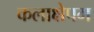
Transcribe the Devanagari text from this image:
कलाक्षेपम